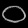
Digit: ၀